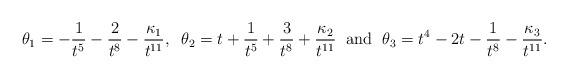
LaTeX: \begin{align*} \theta_1 = - \frac{1}{t^5}-\frac{2}{t^8}-\frac{\kappa_1}{t^{11}}, \; \; \theta_2 = t+\frac{1}{t^5}+ \frac{3}{t^8}+\frac{\kappa_2}{t^{11}} \; \mbox{ and } \; \theta_3 = t^4-2t-\frac{1}{t^8} -\frac{\kappa_3}{t^{11}}. \end{align*}